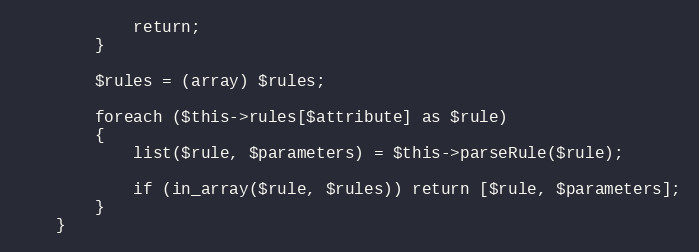
Language: PHP
			return;
		}

		$rules = (array) $rules;

		foreach ($this->rules[$attribute] as $rule)
		{
			list($rule, $parameters) = $this->parseRule($rule);

			if (in_array($rule, $rules)) return [$rule, $parameters];
		}
	}